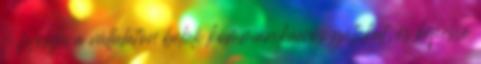
– feloldja a vállalaton belüli kommunikációs gátakat, és képessé